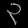
Digit: ၃